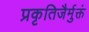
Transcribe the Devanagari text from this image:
प्रकृतिजैर्मुक्तं